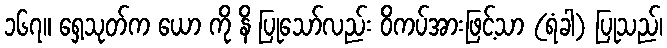
၁၆၇။ ရှေ့သုတ်က ယော ကို နိ ပြုသော်လည်း ဝိကပ်အားဖြင့်သာ (ရံခါ) ပြုသည်၊